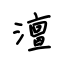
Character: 澶